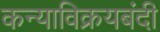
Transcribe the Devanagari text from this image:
कन्याविक्रयबंदी